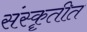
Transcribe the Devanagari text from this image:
संस्कॄतीत